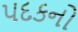
પદકનો